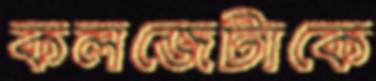
কলজেটাকে